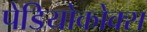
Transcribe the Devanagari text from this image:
पेडियोकोक्स